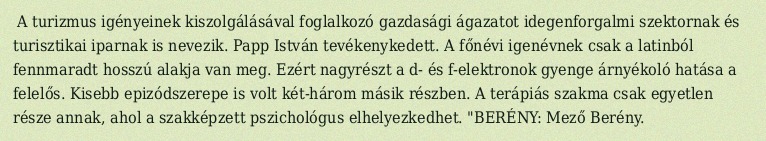
A turizmus igényeinek kiszolgálásával foglalkozó gazdasági ágazatot idegenforgalmi szektornak és turisztikai iparnak is nevezik. Papp István tevékenykedett. A főnévi igenévnek csak a latinból fennmaradt hosszú alakja van meg. Ezért nagyrészt a d- és f-elektronok gyenge árnyékoló hatása a felelős. Kisebb epizódszerepe is volt két-három másik részben. A terápiás szakma csak egyetlen része annak, ahol a szakképzett pszichológus elhelyezkedhet. "BERÉNY: Mező Berény.